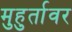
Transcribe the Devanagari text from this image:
मुहुर्तावर